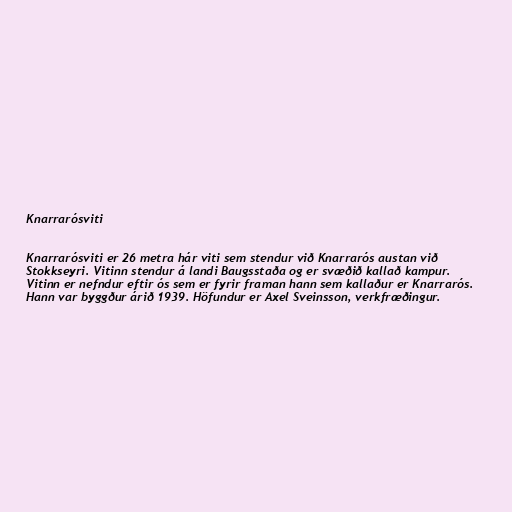
Knarrarósviti

Knarrarósviti er 26 metra hár viti sem stendur við Knarrarós austan við
Stokkseyri. Vitinn stendur á landi Baugsstaða og er svæðið kallað kampur.
Vitinn er nefndur eftir ós sem er fyrir framan hann sem kallaður er Knarrarós.
Hann var byggður árið 1939. Höfundur er Axel Sveinsson, verkfræðingur.